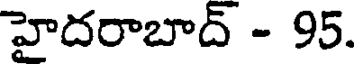
హైదరాబాద్ - 95.